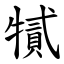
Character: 㹑